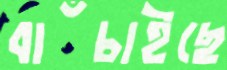
বাঁচাইছে